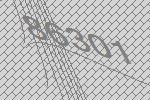
86301